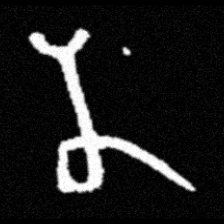
Pyu character \u2014 Myanmar letter: န (romanized: na)